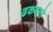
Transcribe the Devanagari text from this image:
ढकवाने